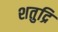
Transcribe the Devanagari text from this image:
शतुद्रि